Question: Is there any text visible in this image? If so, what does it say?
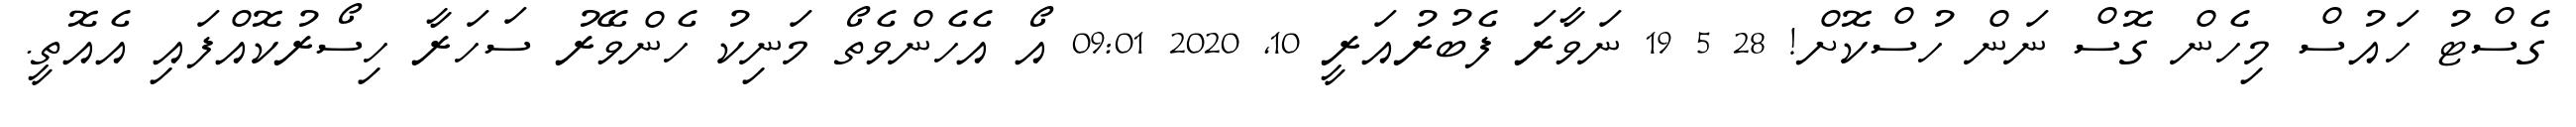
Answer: ގެސްޓު ހައުސް މިހެން ގޮސް ނަން ހުސްކޮށް! 28 5 19 ނަވާރަ ފެބުރުއަރީ 10, 2020 09:01 އޯ އެހެންވެތޯ މަނިކު ހެންވޭރު ސަހަރާ ހިސޯރުކޮއްފައި އެއޮތީ.